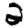
Digit: 2